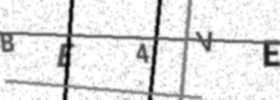
Text: BE4VE